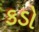
કડો